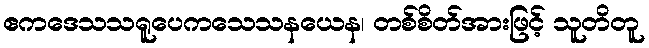
ဧကဒေသသရူပေကသေသနယေန၊ တစ်စိတ်အားဖြင့် သူတိတူ